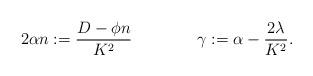
LaTeX: \begin{align*} 2 \alpha n := \frac{ D - \phi n }{K^2} \ \ \ \ \ \ \ \ \ \ \ \ \gamma : = \alpha - \frac{2\lambda}{K^2}.\end{align*}